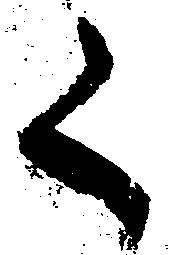
く